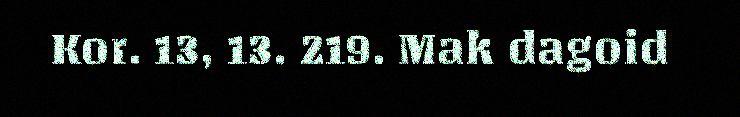
Kor. 13, 13. 219. Mak dagoid